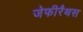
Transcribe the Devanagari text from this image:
जेफीरैथस